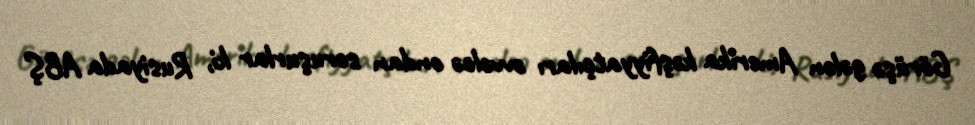
Görüşə gələn Amerika kəşfiyyatçıları əvvəlcə ondan soruşurlar ki, Rusiyada ABŞ